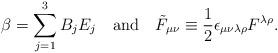
LaTeX: \begin{align*}\beta=\sum_{j=1}^3B_jE_j \quad \mbox{and} \quad {\tilde F}_{\mu\nu}\equiv\frac12\epsilon_{\mu\nu\lambda\rho}F^{\lambda\rho}.\end{align*}